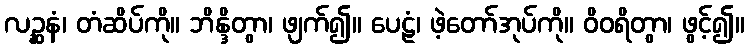
လဉ္ဆနံ၊ တံဆိပ်ကို။ ဘိန္ဒိတွာ၊ ဖျက်၍။ ပေဠံ၊ ဖဲ့တော်အုပ်ကို။ ဝိဝရိတွာ၊ ဖွင့်၍။